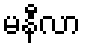
မနီလာ